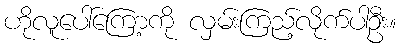
ဟိုလူပေါ်ကြော့ကို လှမ်းကြည့်လိုက်ပါဦး။